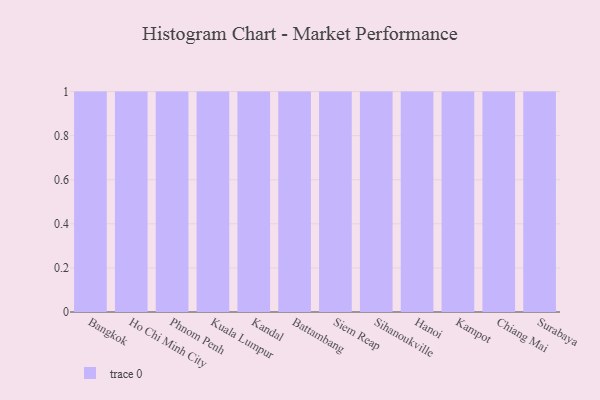
{"axis": {"x": "City", "y": "Net Income (USD K)"}, "legend": [""], "data": [{"x": "Bangkok", "y": 31, "type": ""}, {"x": "Ho Chi Minh City", "y": 16, "type": ""}, {"x": "Phnom Penh", "y": 75, "type": ""}, {"x": "Kuala Lumpur", "y": 37, "type": ""}, {"x": "Kandal", "y": 4, "type": ""}, {"x": "Battambang", "y": 32, "type": ""}, {"x": "Siem Reap", "y": 69, "type": ""}, {"x": "Sihanoukville", "y": 88, "type": ""}, {"x": "Hanoi", "y": 21, "type": ""}, {"x": "Kampot", "y": 18, "type": ""}, {"x": "Chiang Mai", "y": 97, "type": ""}, {"x": "Surabaya", "y": 31, "type": ""}]}